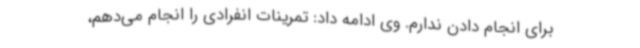
برای انجام دادن ندارم. وی ادامه داد: تمرینات انفرادی را انجام می‌دهم،